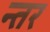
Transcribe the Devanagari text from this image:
न्तर